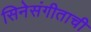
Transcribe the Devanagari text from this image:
सिनेसंगीताची